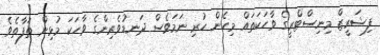
ފިޝަރީޒް މިނިސްޓްރީގެ ވާހަކަތައް މިހެން ހުރި ނަމަވެސް ދަނޑުވެރިންގެ ވާހަކަ މުޅިން ތަފާތެވެ